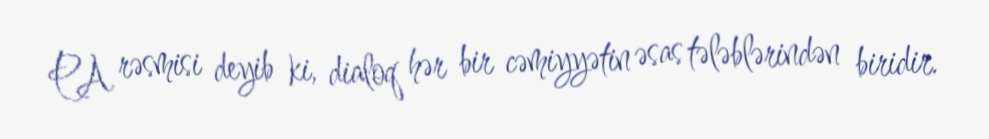
PA rəsmisi deyib ki, dialoq hər bir cəmiyyətin əsas tələblərindən biridir.